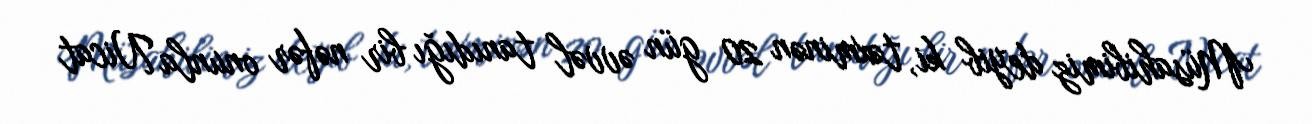
Müsahibimiz deyib ki, təxminən 20 gün əvvəl tanıdığı bir nəfər onunla Nicat